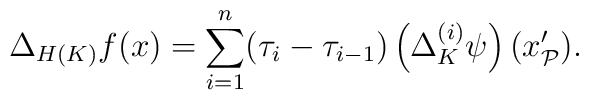
\Delta _{H(K)}f(x)=\sum_{i=1}^{n}(\tau _{i}-\tau _{i-1})\left( \Delta_{K}^{(i)}\psi \right) (x_{\mathcal{P}}^{\prime }\mathbf{).}